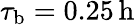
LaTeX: \tau_{\mathrm{b}}=0.25\, \mathrm{h}